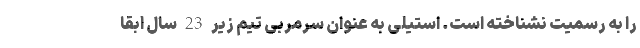
را به رسمیت نشناخته است. استیلی به عنوان سرمربی تیم زیر 23 سال ابقا